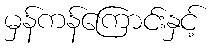
မှန်ကန်ကြောင်းနှင့်